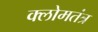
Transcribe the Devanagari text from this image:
क्लोमतंत्र